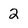
Character: 2